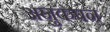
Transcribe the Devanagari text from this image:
अनुकंपन